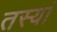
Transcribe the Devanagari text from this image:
तस्यां